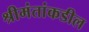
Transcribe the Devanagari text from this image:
श्रीमंतांकडील